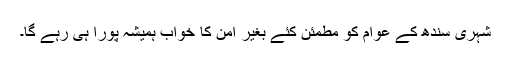
شہری سندھ کے عوام کو مطمئن کئے بغیر امن کا خواب ہمیشہ پورا ہی رہے گا۔